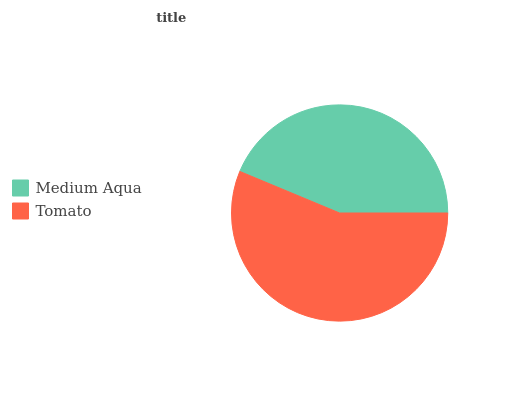
| Medium Aqua | Tomato |
 | --- | --- |
 | 43.7% | 56.3% |